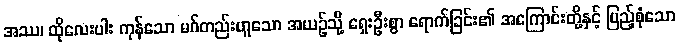
အဿ၊ ထိုလေးပါး ကုန်သော မဂ်တည်းဟူသော အယဉ်သို့ ရှေးဦးစွာ ရောက်ခြင်း၏ အကြောင်းတို့နှင့် ပြည့်စုံသော